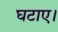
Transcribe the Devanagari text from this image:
घटाए।